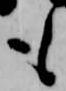
も